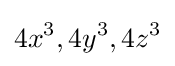
4x^{3},4y^{3},4z^{3}